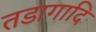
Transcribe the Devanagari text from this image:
तडागादि